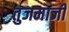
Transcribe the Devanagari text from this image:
तुजमाजी